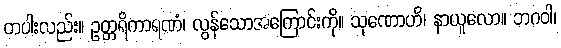
တပါးလည်း။ ဥတ္တရိကာရဏံ၊ လွန်သောအကြောင်းကို။ သုဏောဟိ၊ နာယူလော။ ဘဂဝါ၊